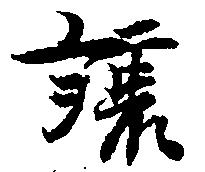
譲